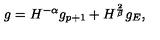
g = H ^ { - \alpha } g _ { p + 1 } + H ^ { \frac 2 \beta } g _ { E } ,